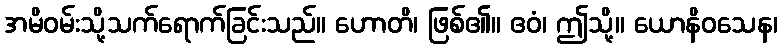
အမိဝမ်းသို့သက်ရောက်ခြင်းသည်။ ဟောတိ၊ ဖြစ်၏။ ဧဝံ၊ ဤသို့။ ယောနိဝသေန၊